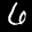
Label: 6